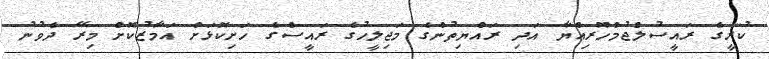
ކުރީގެ ރައީސުލްޖުމްހޫރިއްޔާ އަދި ރައްޔިތުންގެ މަޖިލީހުގެ ރައީސްގެ ހަށިކޮޅަށް އަމާޒުކޮށް މިރޭ ދެވުނު